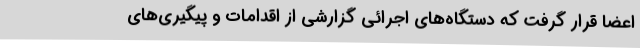
اعضا قرار گرفت که دستگاه‌های اجرائی گزارشی از اقدامات و پیگیری‌های